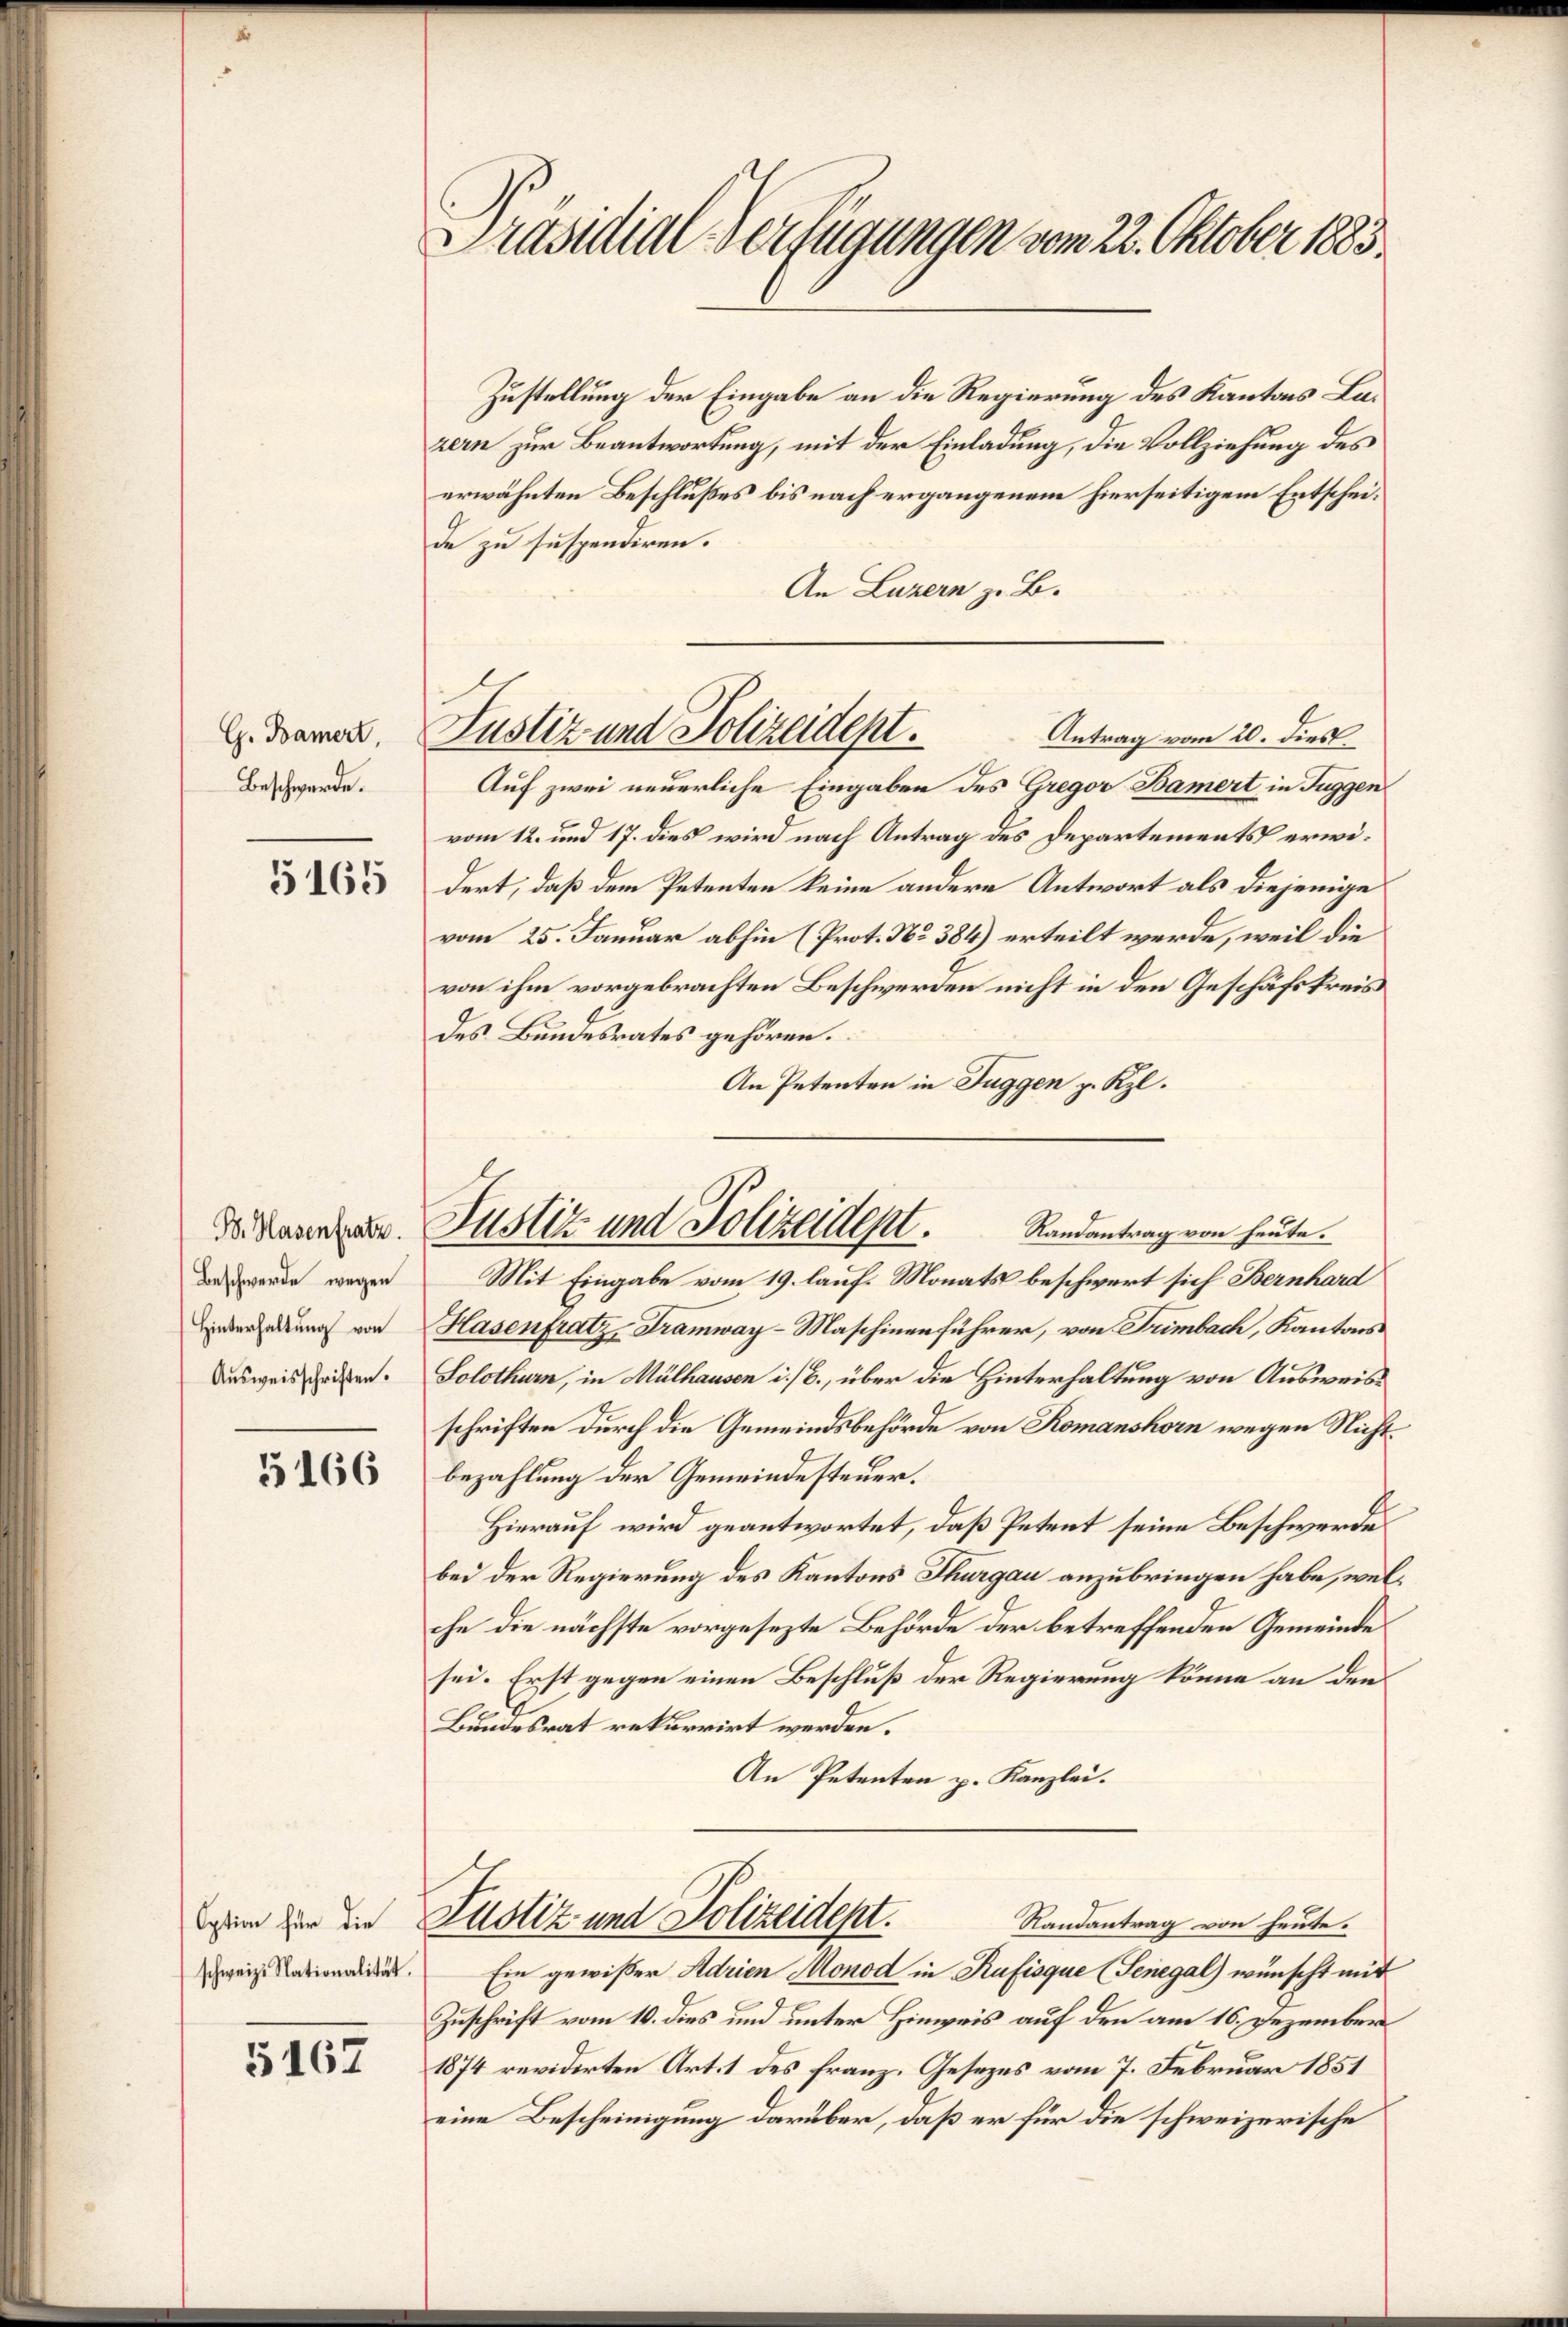
G. Bamert,
Beschwerde.

5165

B. Hasenfratz.
Beschwerde, wegen
Hinterhaltung von
Ausweisschriften.

5166

schweiz. Nationalität.

5167

Präsidial-Verfügungen vom 22. Oktober 1883.

Zustellung der Eingabe an die Regierung des Kantons Lazern zur Beantwortung, mit der Einladung, die Vollziehung des
erwähnten Beschlußes bis nach ergangenem hierseitigem Entscheide zu suspendiren.
An Luzern z. B.
Auf zwei neuerliche Eingaben des Gregor Bamert in Tuggen
vom 12. und 17. dies wird nach Antrag des Departements erwidert, daß dem Petenten keine andere Antwort als diejenige
vom 25. Januar abhin (Prot. No 384) erteilt werde, weil die
von ihm vorgebrachten Beschwerden nicht in den Geschäfskreis
des Bundesrates gehören.
An Petenten in Fuggen p. Kzl.
Mit Eingabe vom 19. lauf. Monats beschwert sich Bernhard
Hasenfratz, Tramway-Maschinenführer, von Trimbach, Kantons
Solothurn, in Mülhausen i./B., über die Hinterhaltung von Ausweisschriften durch die Gemeindsbehörde von Romanshorn wegen Nichtbezahlung der Gemeindesteuer.
Hierauf wird geantwortet, daß Petent seine Beschwerde
bei der Regierung des Kantons Thurgau anzubringen habe, welche die nächste vorgesezte Behörde der betreffenden Gemeinde
sei. Erst gegen einen Beschluß der Regierung könne an den
Bundesrat rekurrirt werden.
An Petenten p. Kanzlei.
em zur die Allotiz und Polizeidept.
Randantrag von heute.
Ein gewißer Adrien Monod in Rufisque (Senegal) wünscht mit
Zuschrift vom 10. dies und unter Hinweis auf den am 16. Dezember
1874 revidirten Art. 1 des franz. Gesezes vom 7. Februar 1851
eine Bescheinigung darüber, daß er für die schweizerische

Justiz und Polizeidept.
Antrag vom 20. dies

Justiz und Polizeident.
Randantrag von heute.